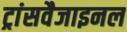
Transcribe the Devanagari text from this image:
ट्रांसवैजाइनल